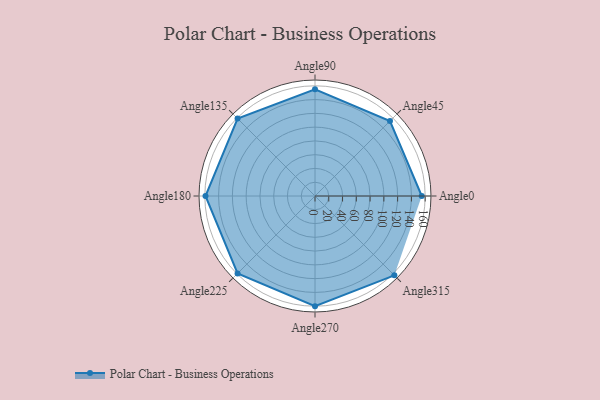
{"axis": {"x": "Angle", "y": "Radius"}, "legend": [""], "data": [{"x": "Angle0", "y": 155.0, "type": ""}, {"x": "Angle45", "y": 154.0, "type": ""}, {"x": "Angle90", "y": 155.0, "type": ""}, {"x": "Angle135", "y": 159.0, "type": ""}, {"x": "Angle180", "y": 159.0, "type": ""}, {"x": "Angle225", "y": 159.0, "type": ""}, {"x": "Angle270", "y": 160.0, "type": ""}, {"x": "Angle315", "y": 163.0, "type": ""}]}